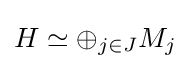
H\simeq \oplus _{j\in J}M_{j}